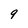
Character: 9